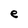
Character: e